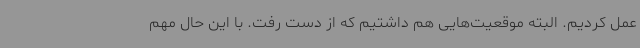
عمل کردیم. البته موقعیت‌هایی هم داشتیم که از دست رفت. با این حال مهم